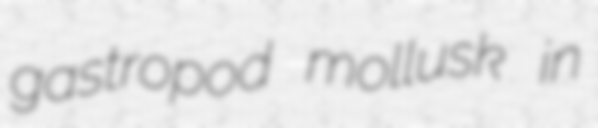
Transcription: gastropod mollusk in